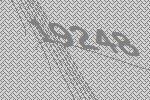
19248